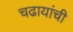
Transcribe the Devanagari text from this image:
चढायांची